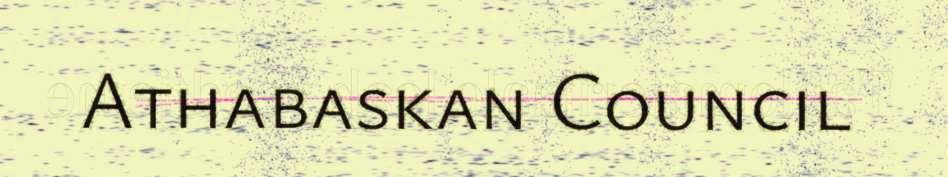
Athabaskan Council